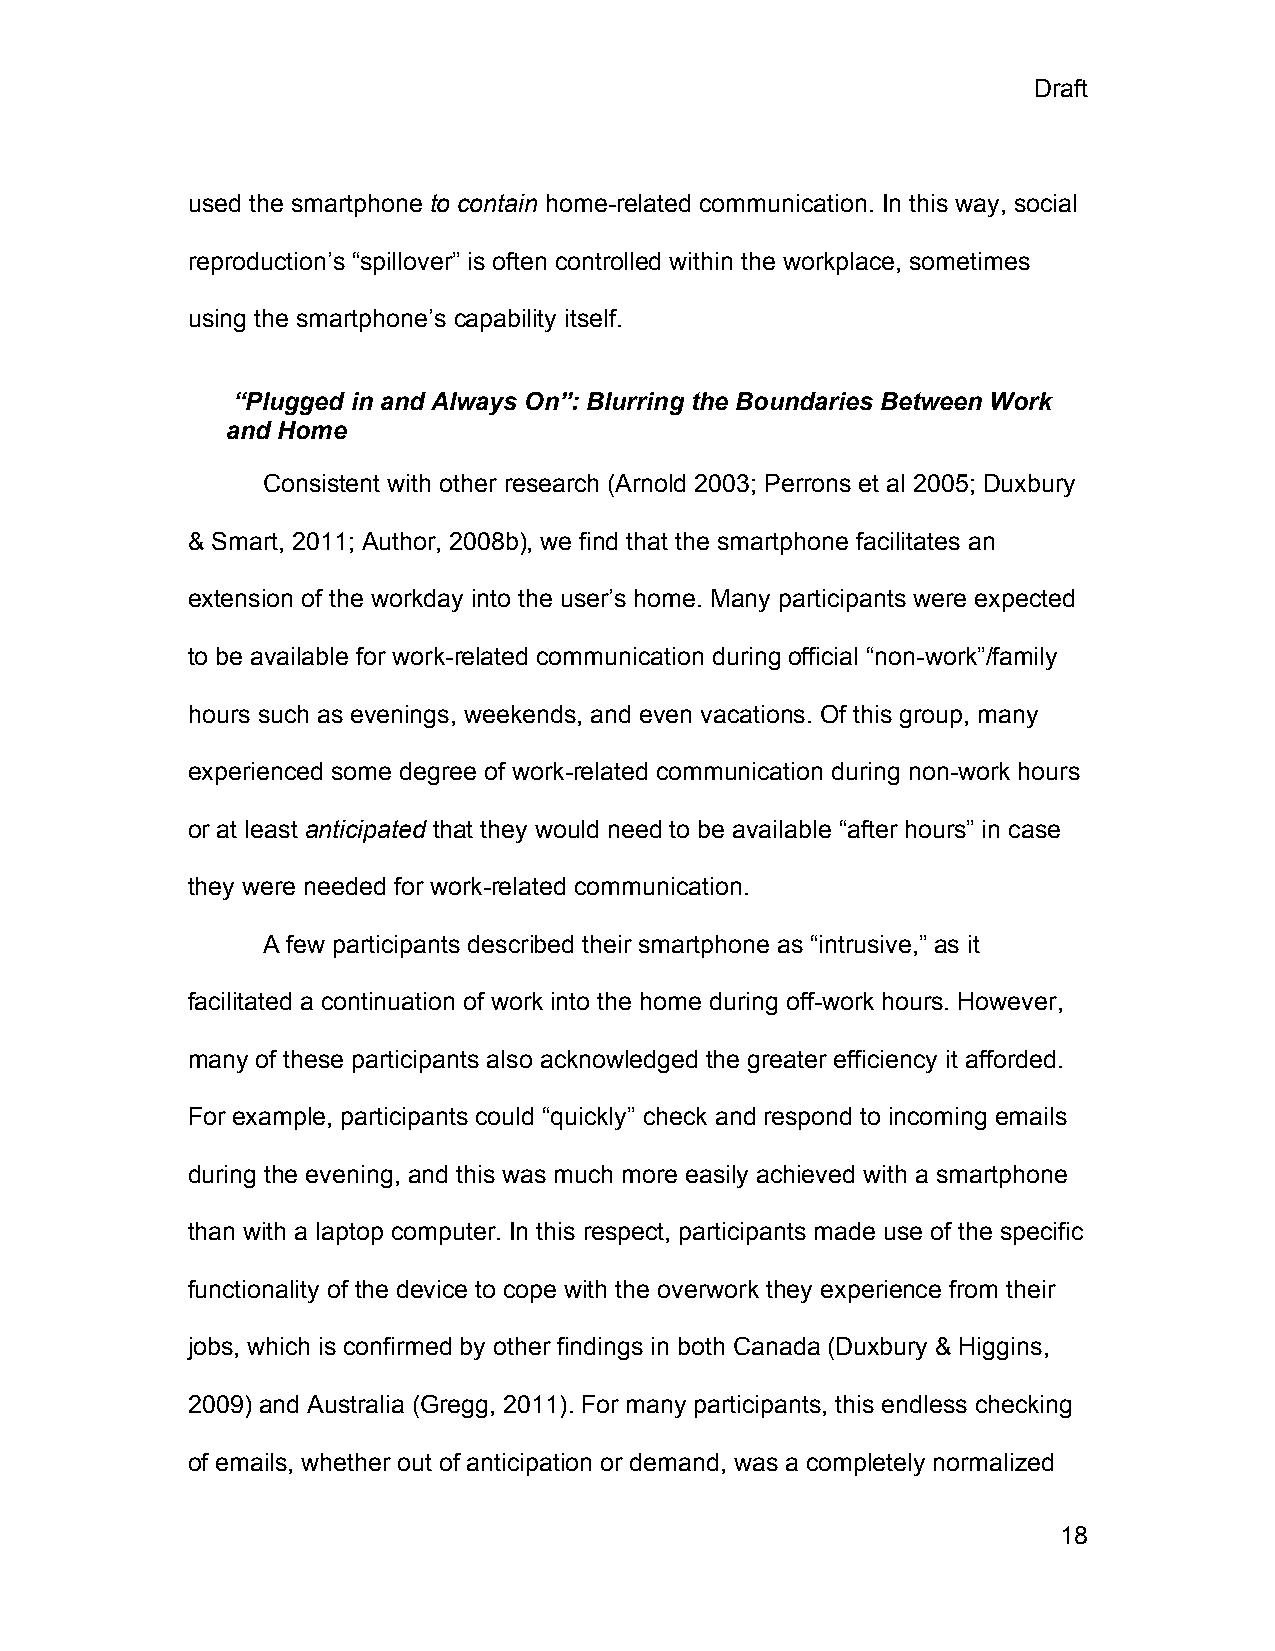
Draft
 used the smartphone to contain home-related communication. In this way, social
 reproduction’s “spillover” is often controlled within the workplace, sometimes
 using the smartphone’s capability itself.
 “Plugged in and Always On”: Blurring the Boundaries Between Work
 and Home
 Consistent with other research (Arnold 2003; Perrons et al 2005; Duxbury
 & Smart, 2011; Author, 2008b), we find that the smartphone facilitates an
 extension of the workday into the user’s home. Many participants were expected
 to be available for work-related communication during official “non-work”/family
 hours such as evenings, weekends, and even vacations. Of this group, many
 experienced some degree of work-related communication during non-work hours
 or at least anticipated that they would need to be available “after hours” in case
 they were needed for work-related communication.
 A few participants described their smartphone as “intrusive,” as it
 facilitated a continuation of work into the home during off-work hours. However,
 many of these participants also acknowledged the greater efficiency it afforded.
 For example, participants could “quickly” check and respond to incoming emails
 during the evening, and this was much more easily achieved with a smartphone
 than with a laptop computer. In this respect, participants made use of the specific
 functionality of the device to cope with the overwork they experience from their
 jobs, which is confirmed by other findings in both Canada (Duxbury & Higgins,
 2009) and Australia (Gregg, 2011). For many participants, this endless checking
 of emails, whether out of anticipation or demand, was a completely normalized
 18